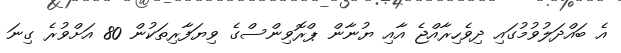
އެ ބައްދަލުވުމުގައި ދިވެހިރާއްޖެ އާއި ޔުނާން ޕްރޮވިންސްގެ ވިޔަފާރިތަކުން 80 އަށްވުރެ ގިނަ